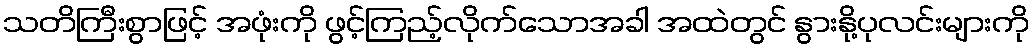
သတိကြီးစွာဖြင့် အဖုံးကို ဖွင့်ကြည့်လိုက်သောအခါ အထဲတွင် နွားနို့ပုလင်းများကို